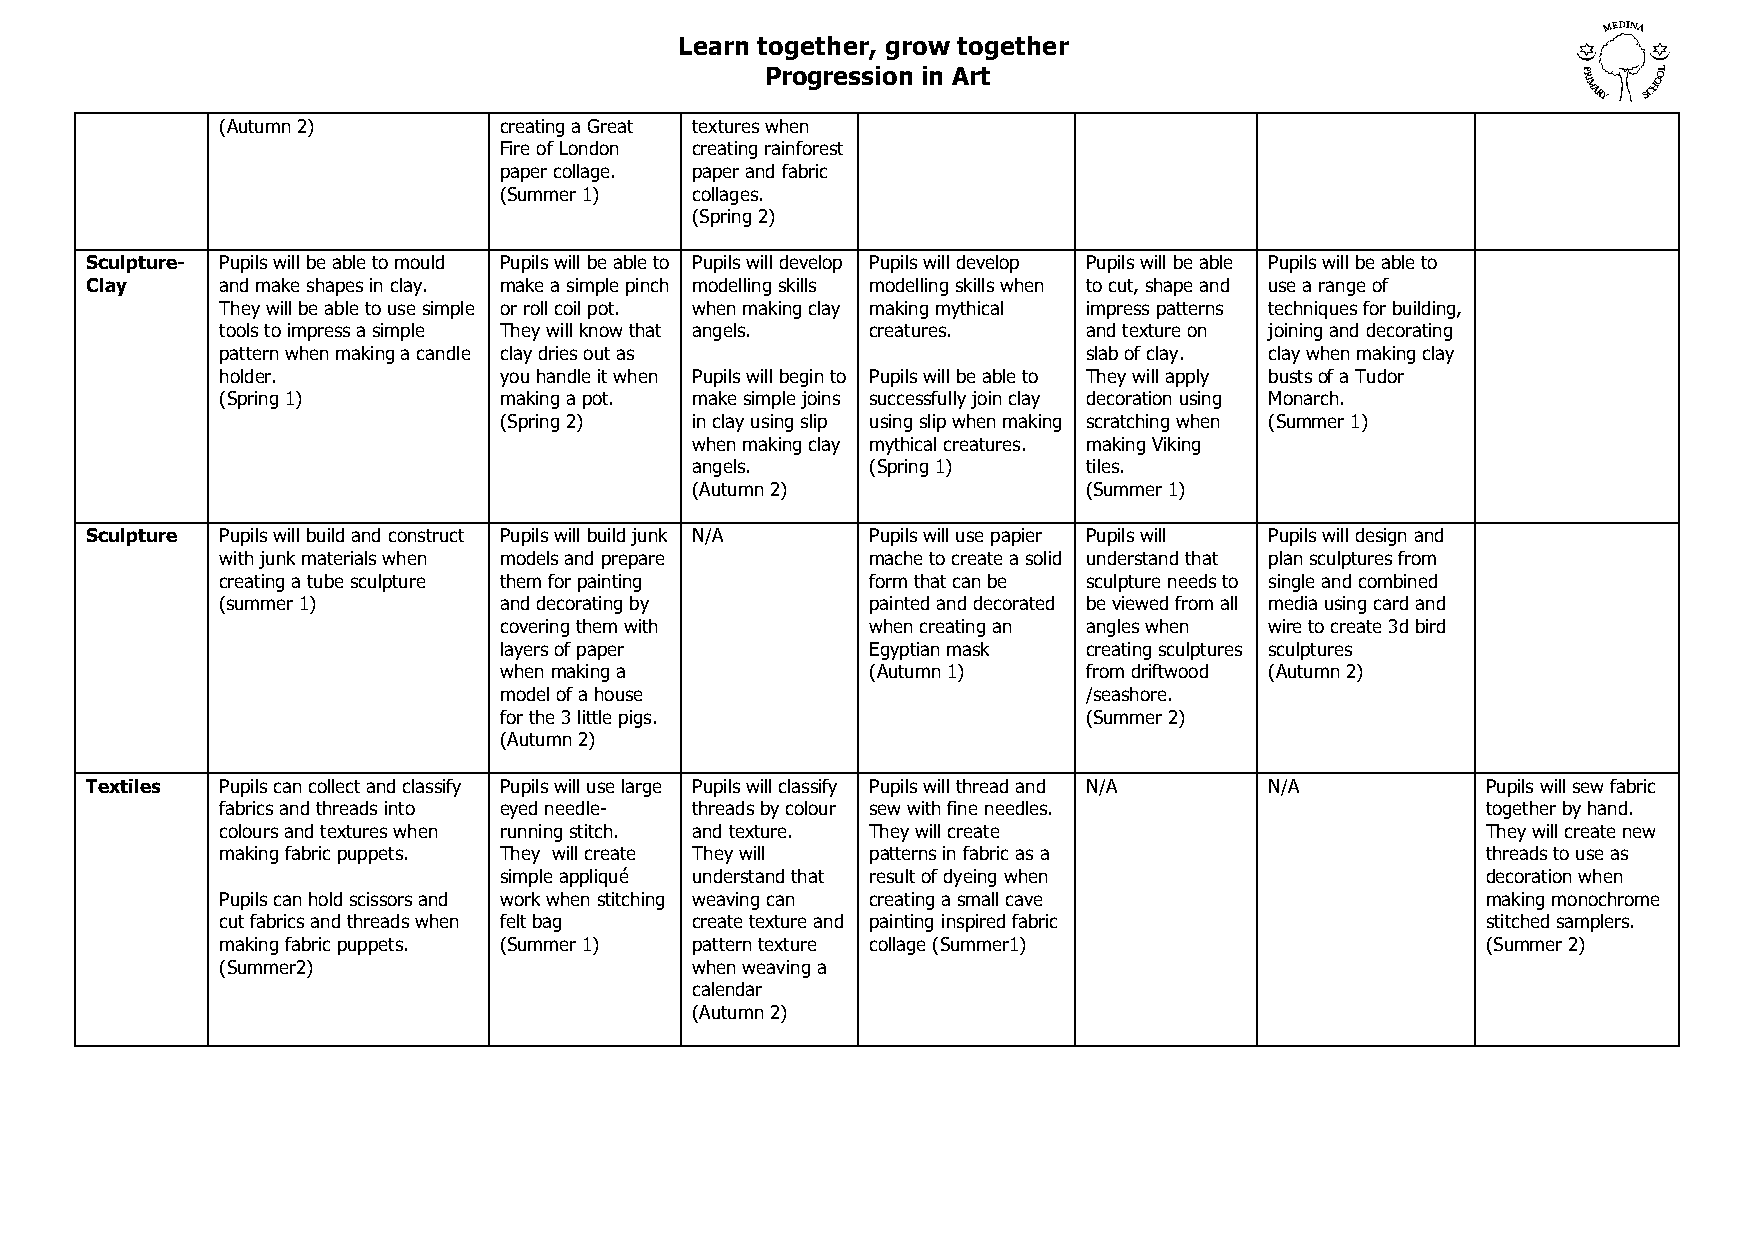
Learn together, grow together
 Progression in Art
 (Autumn 2)        creating a Great textures when
 Fire of London creating rainforest
 paper collage. paper and fabric
 (Summer 1)   collages.
 (Spring 2)
 Sculpture- Pupils will be able to mould Pupils will be able to Pupils will develop Pupils will develop Pupils will be able Pupils will be able to
 Clay     and make shapes in clay. make a simple pinch modelling skills modelling skills when to cut, shape and use a range of
 They will be able to use simple or roll coil pot. when making clay making mythical impress patterns techniques for building,
 tools to impress a simple They will know that angels. creatures. and texture on joining and decorating
 pattern when making a candle clay dries out as           slab of clay. clay when making clay
 holder.           you handle it when Pupils will begin to Pupils will be able to They will apply busts of a Tudor
 (Spring 1)        making a pot. make simple joins successfully join clay decoration using Monarch.
 (Spring 2)   in clay using slip using slip when making scratching when (Summer 1)
 when making clay mythical creatures. making Viking
 angels.     (Spring 1)    tiles.
 (Autumn 2)                (Summer 1)
 Sculpture Pupils will build and construct Pupils will build junk N/A Pupils will use papier Pupils will Pupils will design and
 with junk materials when models and prepare mache to create a solid understand that plan sculptures from
 creating a tube sculpture them for painting form that can be sculpture needs to single and combined
 (summer 1)        and decorating by        painted and decorated be viewed from all media using card and
 covering them with       when creating an angles when wire to create 3d bird
 layers of paper          Egyptian mask creating sculptures sculptures
 when making a            (Autumn 1)    from driftwood (Autumn 2)
 model of a house                       /seashore.
 for the 3 little pigs.                 (Summer 2)
 (Autumn 2)
 Textiles Pupils can collect and classify Pupils will use large Pupils will classify Pupils will thread and N/A N/A Pupils will sew fabric
 fabrics and threads into eyed needle- threads by colour sew with fine needles.     together by hand.
 colours and textures when running stitch. and texture. They will create            They will create new
 making fabric puppets. They will create They will patterns in fabric as a          threads to use as
 simple appliqué understand that result of dyeing when            decoration when
 Pupils can hold scissors and work when stitching weaving can creating a small cave making monochrome
 cut fabrics and threads when felt bag create texture and painting inspired fabric  stitched samplers.
 making fabric puppets. (Summer 1) pattern texture collage (Summer1)                (Summer 2)
 (Summer2)                      when weaving a
 calendar
 (Autumn 2)